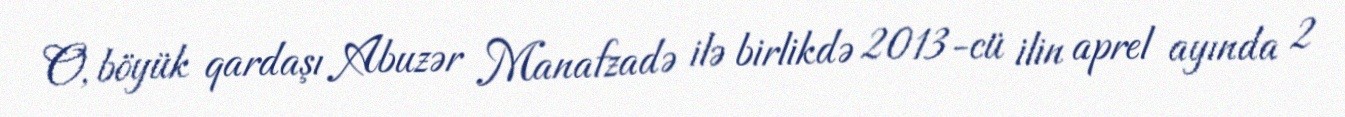
O, böyük qardaşı Abuzər Manafzadə ilə birlikdə 2013-cü ilin aprel ayında 2